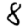
Digit: 8